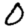
Digit: 0